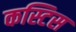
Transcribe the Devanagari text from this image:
कस्टिस